Report of the Municipal Commissioner on the plague in Bombay for the year ending 31st May... - Volume 3
Disease focus: Plague
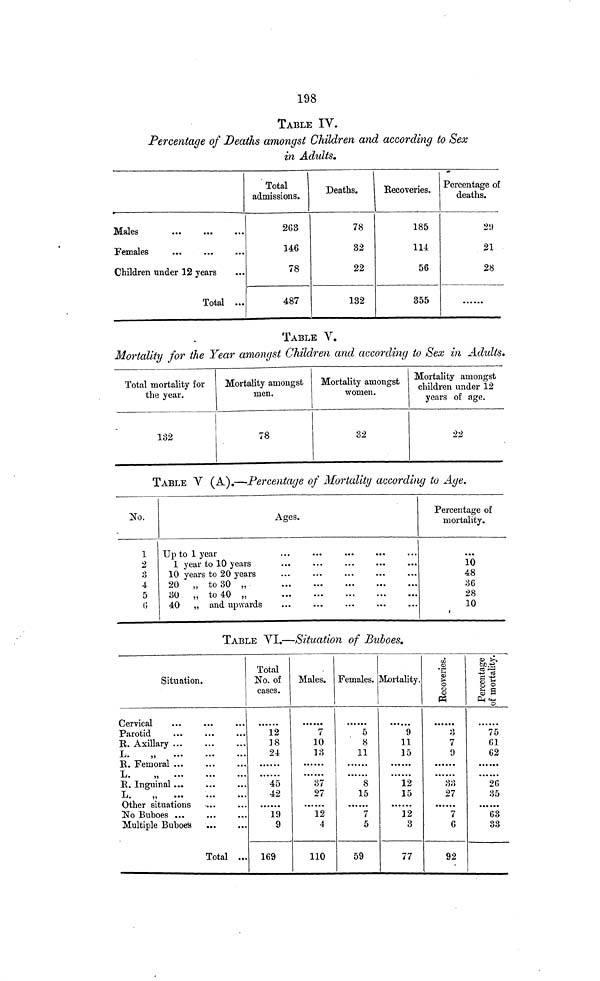
198
TABLE IV.
Percentage of Deaths amongst Children and according to Sex
in Adults.
Males
Females
Children under 12 years
Total ...
Total
admissions.
2G3
146
78
487
Deaths.
78
32
22
132
Recoveries.
185
114
56
355
Percentage of
deaths.
2!)
21
28
TABLE V.
Mortality for the Year amongst Children and according to Sex in Adults.
Total mortality for
the year.
132
Mortality amongst
men.
78
Mortality amongst
women.
32
Mortality amongst
children under 12
years of age.
22
TABLE V (A).—Percentage of Mortality according to Age.
Ho.
1
2
3
4
5
0
Ages.
Up to 1 year
1 year to 10 years
10 years to 20 years
20 „ to 30 „
30 „ to 40 „
40 „ and upwards
Percentage of
mortality.
10
48
36
28
10
TABLE VI.—Situation of Buboes»
Situation.
Parotid
K. Axillary ...
L.
„
K. Femoral ...
L.
„
R. Inguinal ...
L.
„
Other situations
No Buboes ...
Multiple Buboefe
Total ...
Total
No. of
cases.
12
38
24
45
42
19
9
169
Males.
7
10
13
37
27
12
4
110
Females.
5
8
11
8
15
7
5
59
Mortality.
9
11
15
12
15
12
3
77
CO
.2
S
o
§
K
3
7
9
33
27
7
6
92
0 !^>
fcc.-S
.3 'S
l 1
n . .. .
0
75
61
62
26
35
63
33